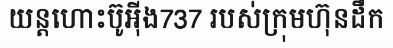
យន្តហោះប៊ូអ៊ីង737 របស់ក្រុមហ៊ុនដឹក